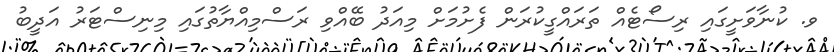
ވ. ކުނާވަށީގައި ރިސޯޓެއް ތަރައްގީކުރަން ފެށުމަށް މިއަދު ބޭއްވި ރަސްމިއްޔާތުގައި މިނިސްޓަރު އަދީބު